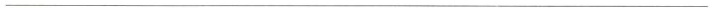
___